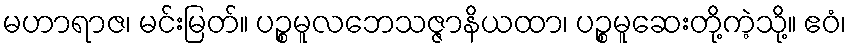
မဟာရာဇ၊ မင်းမြတ်။ ပဉ္စမူလဘေသဇ္ဇာနိယထာ၊ ပဉ္စမူဆေးတို့ကဲ့သို့။ ဧဝံ၊